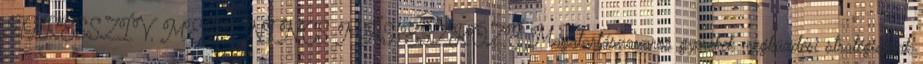
AGRESSZÍV, MERT NINCS MÁS ESZKÖZE Magatartászavaros gyerekek megküzdési stratégiáinak